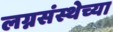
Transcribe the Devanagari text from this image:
लग्नसंस्थेच्या